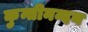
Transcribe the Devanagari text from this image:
कुन्तीनन्दन